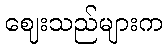
ဈေးသည်များက